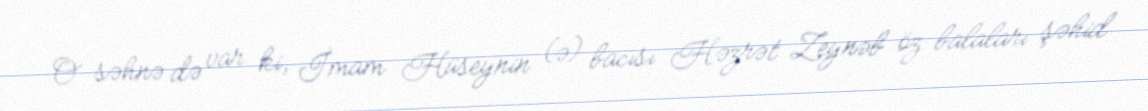
O səhnə də var ki, İmam Hüseynin (ə) bacısı Həzrət Zeynəb öz balaları şəhid